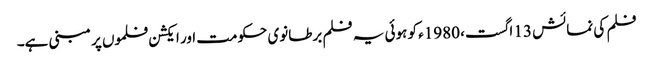
فلم کی نمائش 13 اگست، 1980ء کو ہوئی یہ فلم برطانوی حکومت اور ایکشن فلموں پر مبنی ہے۔